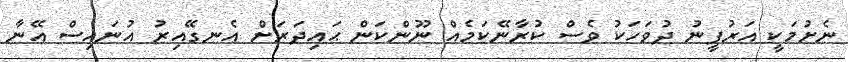
ނެށުމަކީ އަރުފީނު ދުވަހަކު ވެސް ކުރާނޭކަމެއް ނޫންކަން ޙައިދަރަށް އެނގޭއިރު އުނައިސް އޭނާ